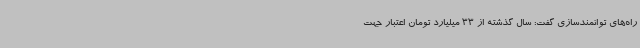
راه‌های توانمندسازی گفت: سال گذشته از 33 میلیارد تومان اعتبار جهت